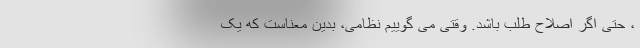
، حتی اگر اصلاح طلب باشد. وقتی می گوییم نظامی، بدین معناست که یک